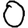
Digit: 0